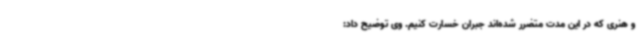
و هنری که در این مدت متضرر شده‌اند جبران خسارت کنیم. وی توضیح داد: